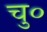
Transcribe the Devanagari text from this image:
चु०